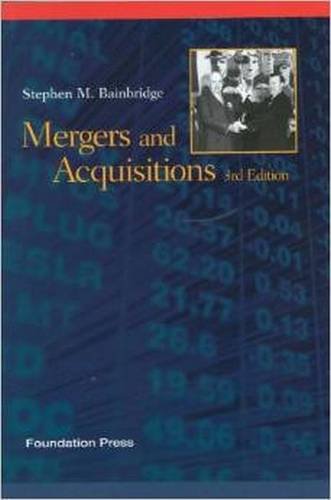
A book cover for Mergers and Acquisition (Concepts and Insights); Stephen Bainbridge; Law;